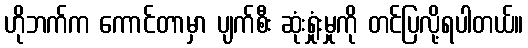
ဟိုဘက်က ကောင်တာမှာ ပျက်စီး ဆုံးရှုံးမှုကို တင်ပြလို့ရပါတယ်။